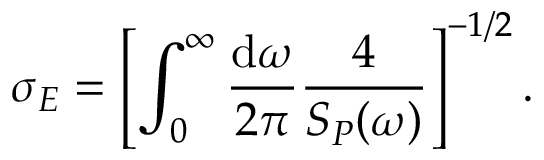
\sigma _ { E } = \left[ \int _ { 0 } ^ { \infty } \frac { \mathrm { d } \omega } { 2 \pi } \frac { 4 } { S _ { P } ( \omega ) } \right] ^ { - 1 / 2 } .